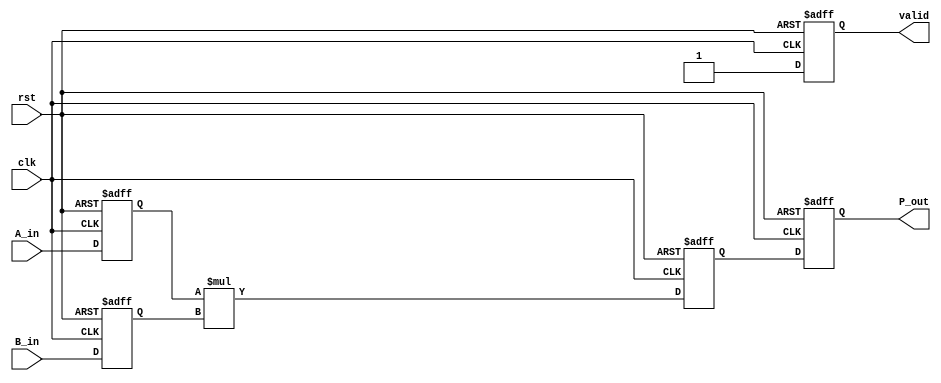
module streaming_multiplier #(
    parameter DATA_WIDTH = 16, // Width of the input data
    parameter PRODUCT_WIDTH = 2 * DATA_WIDTH // Width of the product
)(
    input wire clk,
    input wire rst,
    input wire [DATA_WIDTH-1:0] A_in,
    input wire [DATA_WIDTH-1:0] B_in,
    output reg [PRODUCT_WIDTH-1:0] P_out,
    output reg valid
);

    // Pipeline registers
    reg [DATA_WIDTH-1:0] A_buffer;
    reg [DATA_WIDTH-1:0] B_buffer;
    reg [PRODUCT_WIDTH-1:0] product;

    // State for valid signal
    reg valid_reg;

    // Sequential logic for pipeline
    always @(posedge clk or posedge rst) begin
        if (rst) begin
            A_buffer <= 0;
            B_buffer <= 0;
            product <= 0;
            P_out <= 0;
            valid <= 0;
        end else begin
            // Input stage
            A_buffer <= A_in;
            B_buffer <= B_in;

            // Multiplication stage
            product <= A_buffer * B_buffer;

            // Output stage
            P_out <= product;
            valid <= 1; // Indicate that the product is valid
        end
    end

    // Valid signal logic
    always @(posedge clk or posedge rst) begin
        if (rst) begin
            valid_reg <= 0;
        end else begin
            valid_reg <= valid; // Update valid signal
        end
    end

endmodule